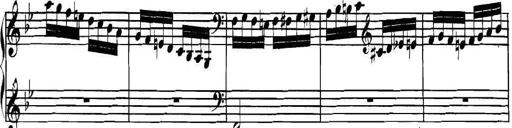
Title: Collected Piano Sonatas
Composer: Muzio Clementi